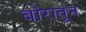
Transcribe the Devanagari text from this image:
बोरातून